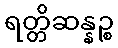
ရတ္တိဆန္နဉ္စ